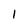
Character: I